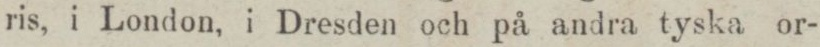
ris, i London, i Dresden och på andra tyska or-